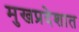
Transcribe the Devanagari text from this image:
मुखप्रदेशात